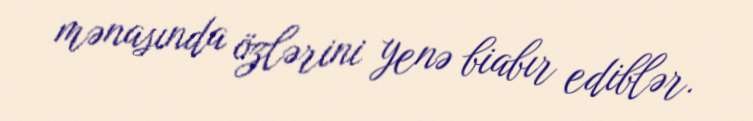
mənasında özlərini yenə biabır ediblər.